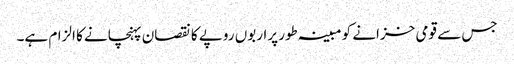
جس سے قومی خزانے کو مبینہ طور پراربوں روپے کا نقصان پہنچانے کا الزام ہے۔